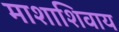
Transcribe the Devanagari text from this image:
माशाशिवाय